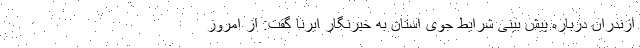
ازندران درباره پیش بینی شرایط جوی استان به خبرنگار ایرنا گفت: از امروز